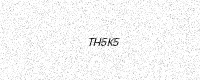
Text: TH5K5